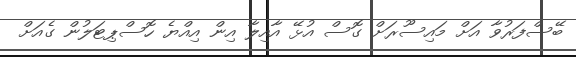
ބޭސްފަރުވާ އަށް މައިސޫރަށް ގޮސް އުޅޭ އާއިލާ އިން އިއްޔެ ހޮސްޕިޓަލުން ގެއަށް